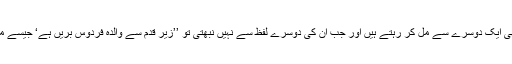
باکل انسانوں کی طرح لفظ بھی ایک دوسرے سے مل کر رہتے ہیں اور جب ان کی دوسرے لفظ سے نہیں نبھتی تو ’’زیر قدم سے والدہ فردوس بریں ہے‘ جیسے مصرعے وجود میں آتے ہیں ۔